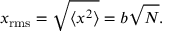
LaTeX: x _ { \mathrm { r m s } } = { \sqrt { \langle x ^ { 2 } \rangle } } = b { \sqrt { N } } .